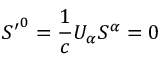
{ S ^ { \prime } } ^ { 0 } = { \frac { 1 } { c } } U _ { \alpha } S ^ { \alpha } = 0